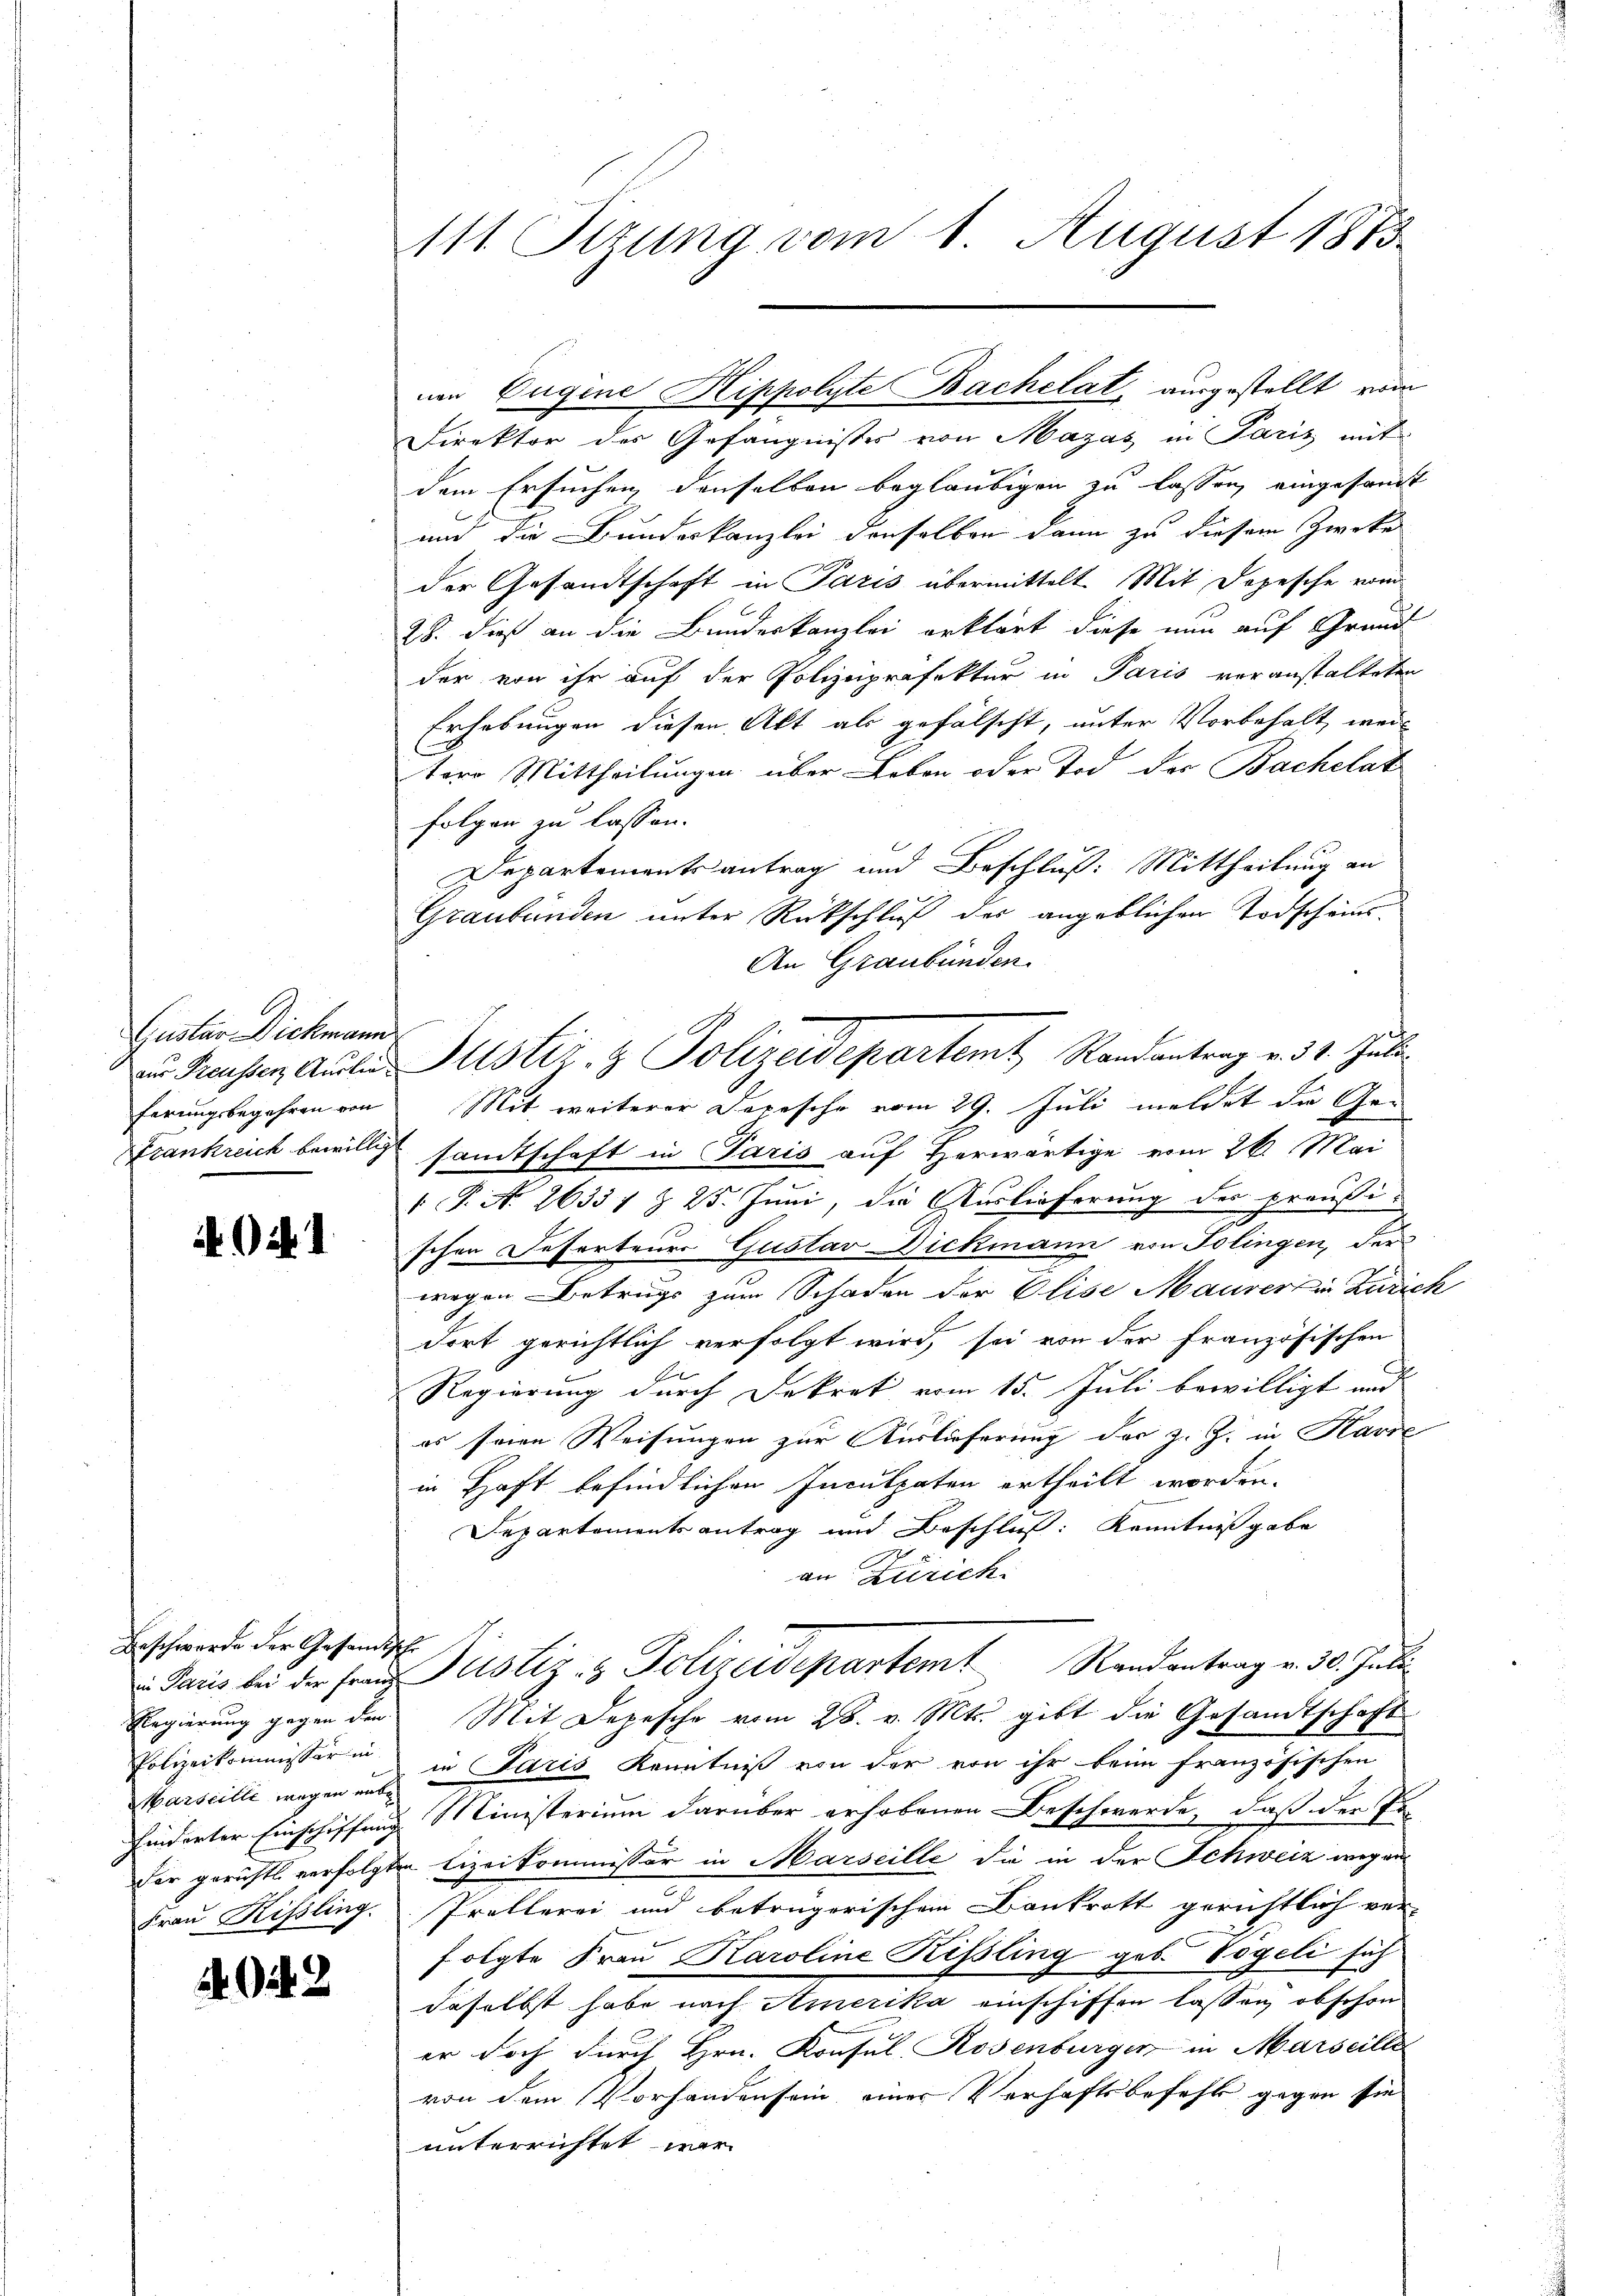
Guster Dickmann

A. Oct. 1

Beschwerde der Gesandtsche
Marseille wegen unte

2

111. Sizung vom 1. August 1873.

Direktor des Gefängnisses von Mazas in Pariz mit
dem Ersuchen denselben beglaubigen zu lassen, eingesandt
und die Bundeskanzlei denselben dann zu diesem Zweke
der Gesandtschaft in Paris übermittelt. Mit Depesche von
28. dieß an die Bundeskanzlei erklärt diese nun auf Grund
der von ihr auf der Polizeipräfektur in Paris voranstalteten
Erhebungen diesen Akt als gefälscht, unter Vorbehalt, weil
tere Mittheilungen über Leben oder Tod der Bachelat
folgen zu lassen.
Departementsantrag und Beschluß: Mittheilung an
Graubünden unter Rückschluß des angeblichen Todschaus¬
An Graubünden.
ferungsbegehren von Mit weiterer Depesche vom 29. Juli meldet die Ge¬
Frankreich bewillig sandtschaft in Paris auf Herwärtige vom 26. Mai
P.A. 26331 § 25. Juni, die Auslieferung des preußi-
schen Referteurs Gustav Dickmann von Tolingen, der
wegen Betrugs zum Schaden der Elise Maurer in Zürich
dort gerichtlich verfolgt wird, sei von der Französischen
Regierung durch Dekret vom 15. Juli bewilligt und
es seine Weisungen zur Auslieferung der z. Z. in Karre
in Haft befindlichen Inculpaten ertheilt worden.
Departementsantrag und Beschluß: Kenntnißgabe
an Zürich
 Paris bei der Fraŭ Kustiz- & Polizeidepartemt Randantrag v. 30. Juli.
Regierung gegen den Mit Depesche vom 28. v. Mts. gibt die Gesandtschaft
Polizeikommissore in Paris Kenntniß von der von ihr beim französischen
hinderter Einschiffung Ministerium darüber erhobenen Beschwerde, daß der Pader gerichts verfolgten Lizeikommissor in Marseille die in der Schweiz wegen
Frau Rissling. Prollerei und betrügerischen Bankrott gerichtlich ver-
folgte Frau Karoline Kissling geb. Vögeli sich
daselbst habe nach Amerika einschiffen lassen, obschon
er doch durch Hrn. Konsul Rosenburger in Marseille
von dem Vorhandensein einer Verhaftsbefehl gegen sie
unterrichtet war

zu Hausen Aufen Pustiz- & Polizeidepartemt Randantrag v. 31. Juli

nen Vugine Hippolyte Bachelat, ausgestellt vom